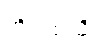
အိမ်ထဲသို့